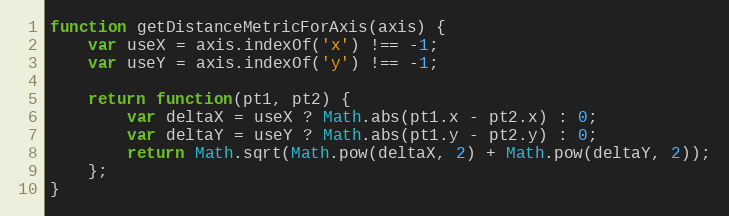
Language: JavaScript
function getDistanceMetricForAxis(axis) {
	var useX = axis.indexOf('x') !== -1;
	var useY = axis.indexOf('y') !== -1;

	return function(pt1, pt2) {
		var deltaX = useX ? Math.abs(pt1.x - pt2.x) : 0;
		var deltaY = useY ? Math.abs(pt1.y - pt2.y) : 0;
		return Math.sqrt(Math.pow(deltaX, 2) + Math.pow(deltaY, 2));
	};
}